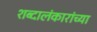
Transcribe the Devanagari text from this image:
शब्दालंकारांच्या